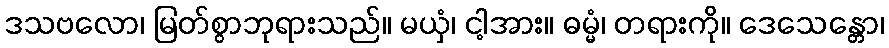
ဒသဗလော၊ မြတ်စွာဘုရားသည်။ မယှံ၊ ငါ့အား။ ဓမ္မံ၊ တရားကို။ ဒေသေန္တော၊